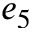
e _ { 5 }